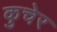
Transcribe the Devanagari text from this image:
कुचेर